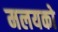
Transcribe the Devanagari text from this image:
मलयको